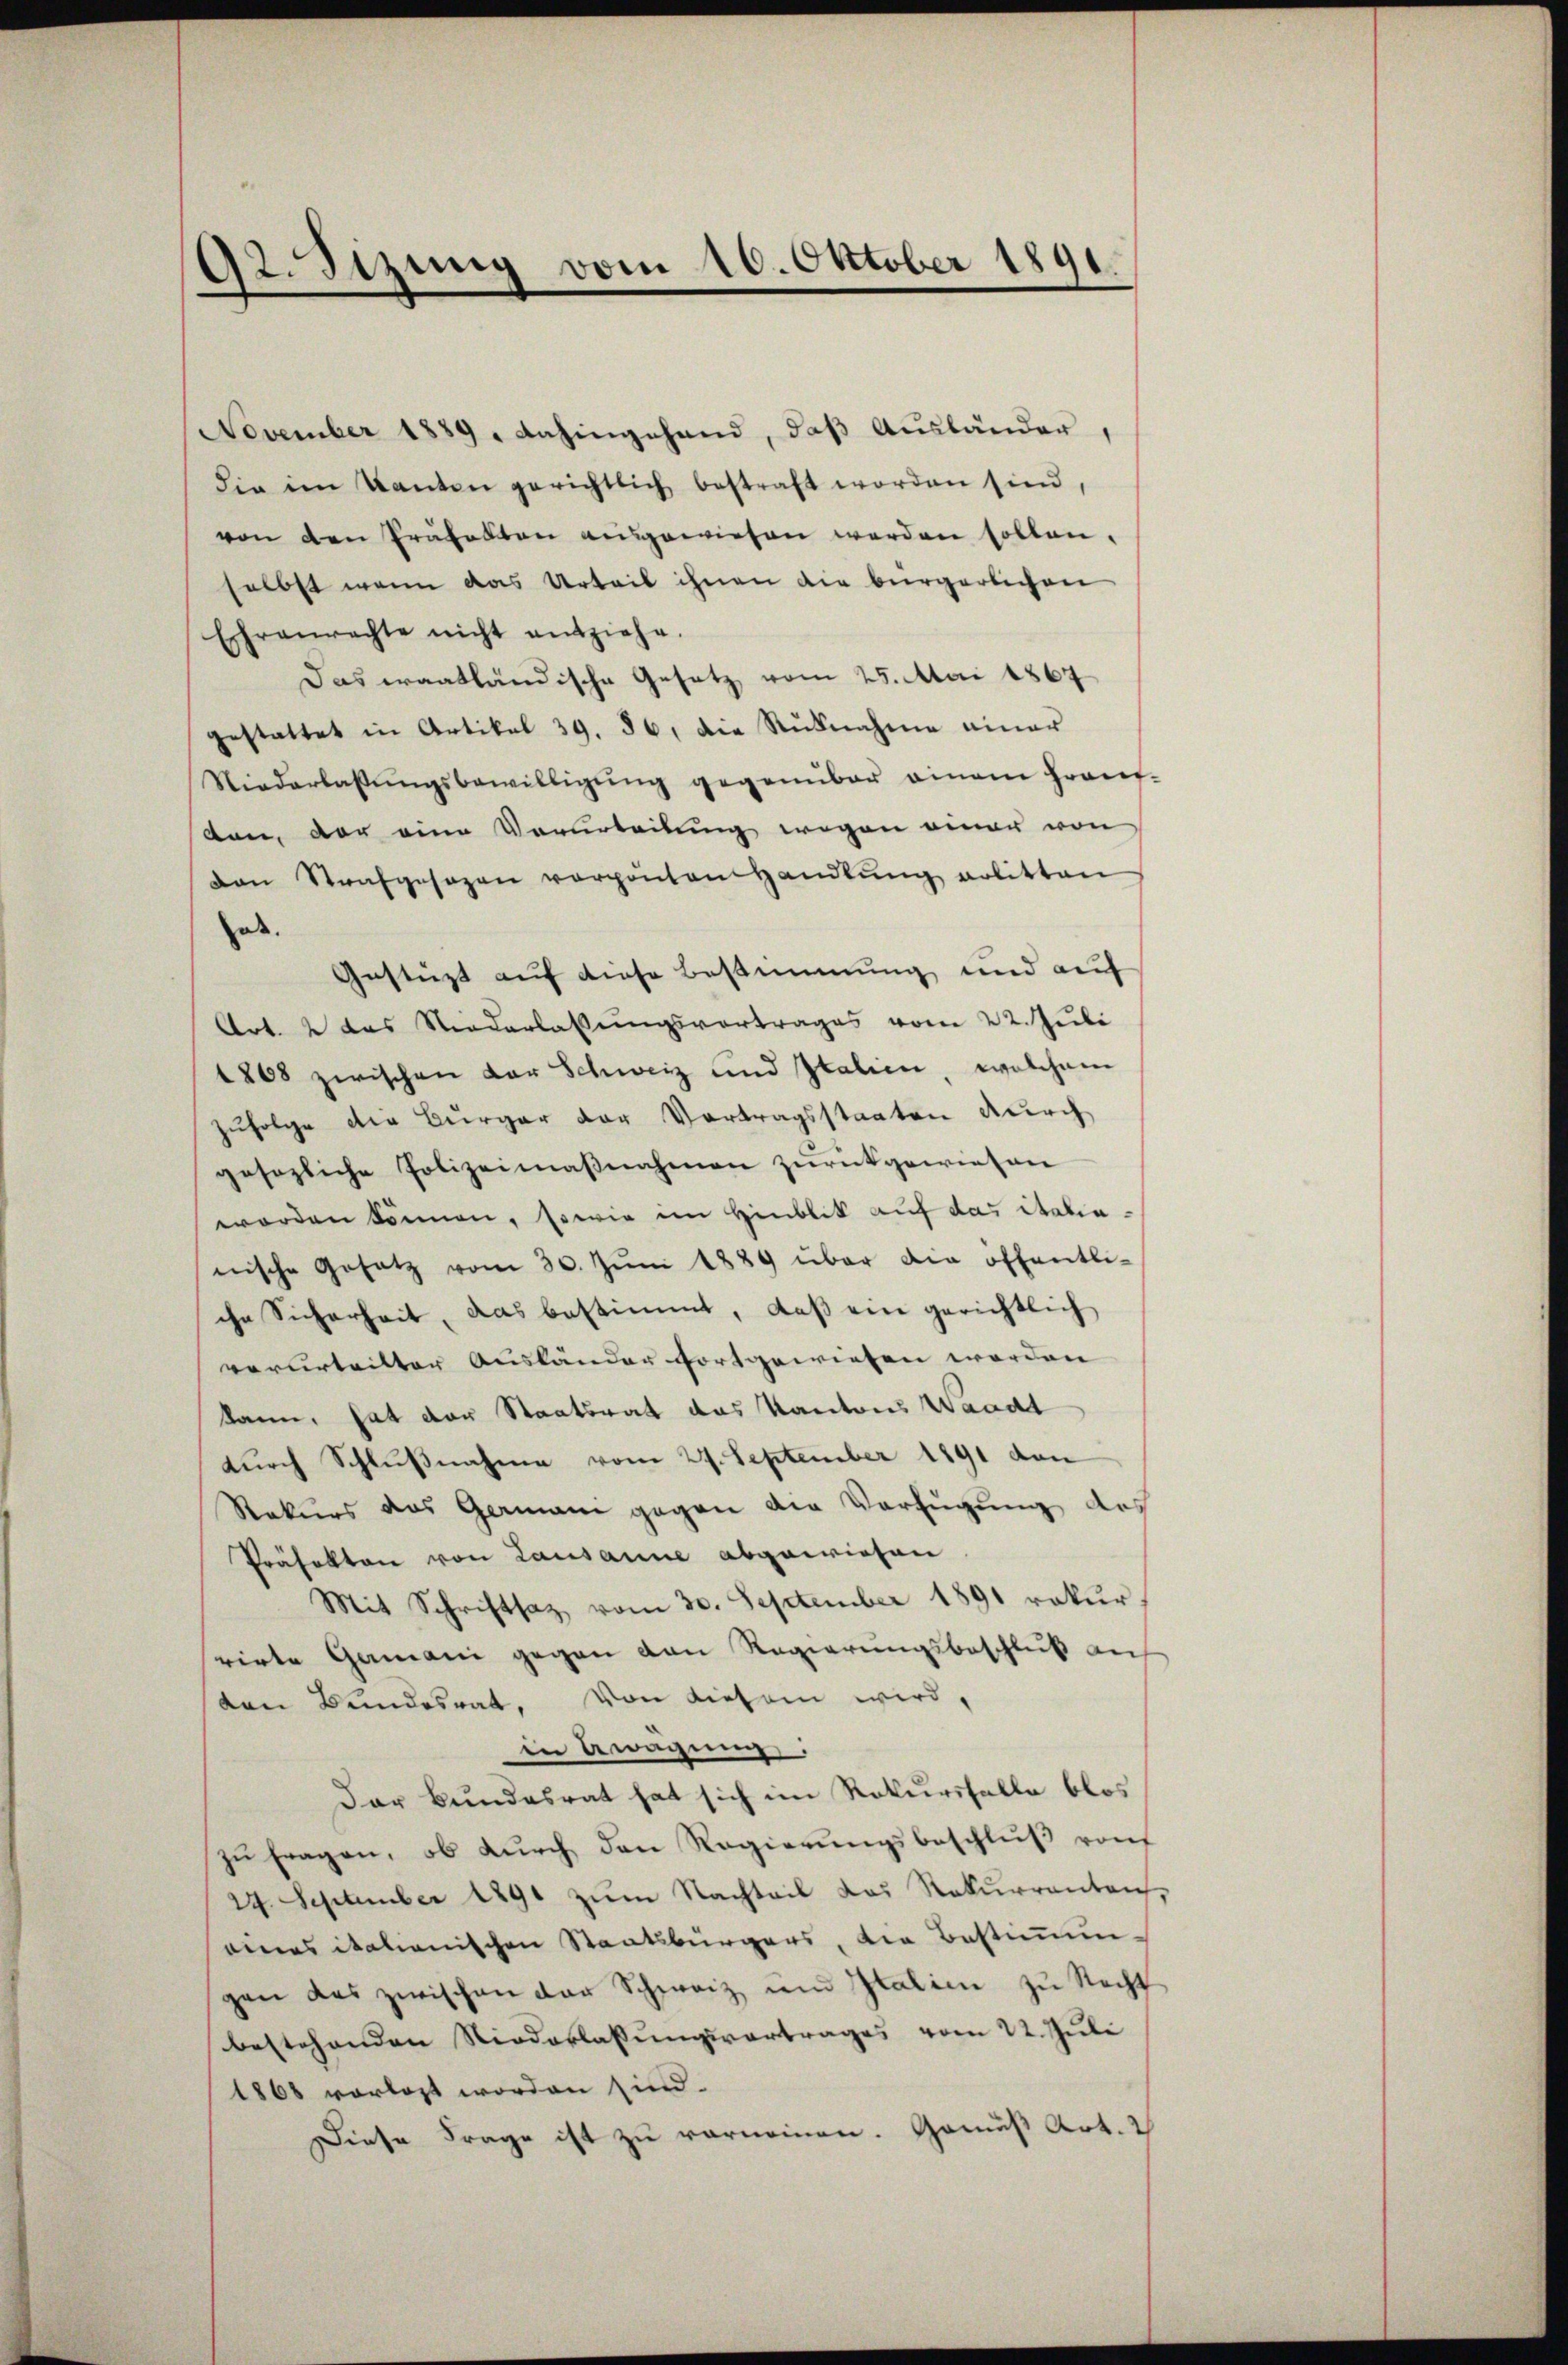
32. Stzung vom 10. Oktober 1891.

November 1889. Dahingehand, daß Ausländer,
die im Kanton gerichtlich bestraft worden sind,
von den Präfekten ausgewiesen werden sollen.
selbst wenn das Urteil ihnen die bürgerlichen
Ehrenrachte nicht entziehe.
Das eraatländische Gesetz vom 25. Mai 1867
gestattet in Artikel 39. 86, die Rücknahme einer
Niederlassŭngsbewilligŭng gegenüber einem franz-
len, der eine Verurteilung wegen einer von
Dan Strafgesagen verpöntenhandlŭng erlitten
oe.
Gestüzt auf diese Bestimmung und auf
Art. 2 das Niederlassungsvortrages vom 22. Juli
1808 zwischen Dor Schweiz und Italien, welchem
zŭfolge der Bürger der Vortragsstaaten durch
gesezliche Polizeimaßnahmen zurückgewiesen
worden können, sowie im Hinblik auf das italianische Gesetz vom 30. Jŭni 1889 über die öffentliche Sicherheit, das bestimmt, daβ ein gerichtlich
verurteilter Ausländer fortgewiesen werden
kann, hat der Staatsrat das Kantons Waadt
durch Schlußnahme vom 27. September 1891 den
Rekurs das Germani gegen die Verfügung des
Präfekten von Lausanne abgewiesen
Mit Schriftsaz vom 30. September 1891 rekur
rirte Gamani gegen von Regierungsbeschluß auf
den Bundesrat. Von diesem wird,
in Gwagung:
Der Bundesrat hat sich im Rekursfalle blos
zŭ fragen, ob dŭrch den Regierŭngsbeschlŭβ von
24. September 1891 zum Nachteil das Rekurrentrich,
eines italienischen Staatsbürgers, die Bestimmungen das zwischen der Schweiz und Italien zu Recht
bestehenden Niederlassungsvertrages vom 22. Juli
1868 vorlast worden sind.
Diese Frage ist zu vernommen. Gemäß Art. 2